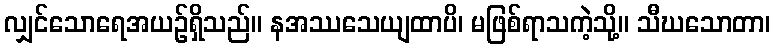
လျှင်သောရေအယဉ်ရှိသည်။ နအဿသေယျထာပိ၊ မဖြစ်ရာသကဲ့သို့။ သီဃသောတာ၊